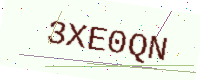
Text: 3XE0QN